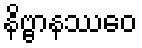
နိဗ္ဗာနဿေဝ